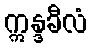
ဣန္ဒခီလံ